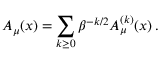
A _ { \mu } ( x ) = \sum _ { k \ge 0 } \beta ^ { - k / 2 } A _ { \mu } ^ { ( k ) } ( x ) \, .